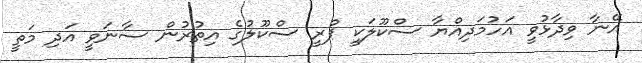
އޭނާ ވިދާޅުވީ އަހުމަދިއްޔާ ސްކޫލަކީ ޕްރީ ސްކޫލުގެ އިތުރުން ސާނަވީ އަދި މަތީ